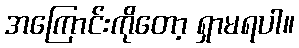
အကြောင်းကိုတော့ ရှာမရပါ။